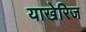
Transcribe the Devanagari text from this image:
याखेरिज